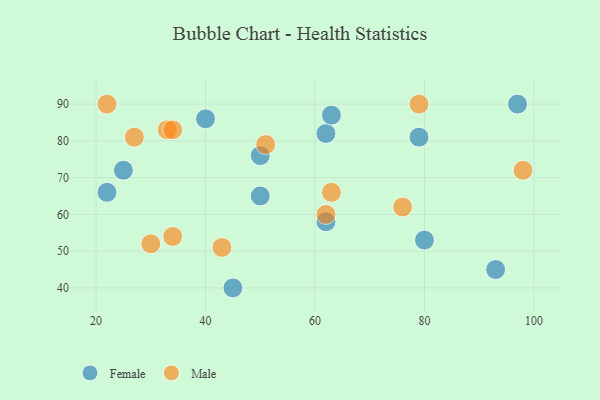
{"axis": {"x": "GDP", "y": "Life Expectancy"}, "legend": ["Female", "Male"], "data": [{"x": "50", "y": 65, "type": "Female"}, {"x": "62", "y": 82, "type": "Female"}, {"x": "80", "y": 53, "type": "Female"}, {"x": "79", "y": 81, "type": "Female"}, {"x": "62", "y": 58, "type": "Female"}, {"x": "63", "y": 87, "type": "Female"}, {"x": "45", "y": 40, "type": "Female"}, {"x": "93", "y": 45, "type": "Female"}, {"x": "25", "y": 72, "type": "Female"}, {"x": "40", "y": 86, "type": "Female"}, {"x": "50", "y": 76, "type": "Female"}, {"x": "22", "y": 66, "type": "Female"}, {"x": "97", "y": 90, "type": "Female"}, {"x": "33", "y": 83, "type": "Male"}, {"x": "76", "y": 62, "type": "Male"}, {"x": "62", "y": 60, "type": "Male"}, {"x": "27", "y": 81, "type": "Male"}, {"x": "34", "y": 83, "type": "Male"}, {"x": "22", "y": 90, "type": "Male"}, {"x": "30", "y": 52, "type": "Male"}, {"x": "43", "y": 51, "type": "Male"}, {"x": "63", "y": 66, "type": "Male"}, {"x": "79", "y": 90, "type": "Male"}, {"x": "98", "y": 72, "type": "Male"}, {"x": "51", "y": 79, "type": "Male"}, {"x": "34", "y": 54, "type": "Male"}]}